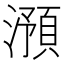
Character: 澦